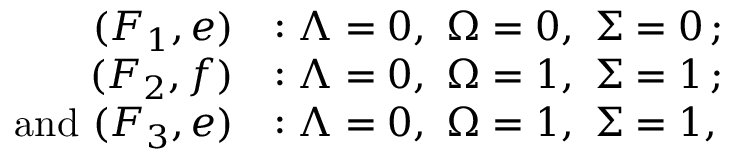
\begin{array} { r l } { ( F _ { 1 } , e ) } & { : \ensuremath { \Lambda } = 0 , \ \ensuremath { \Omega } = 0 , \ \ensuremath { \Sigma } = 0 \, ; } \\ { ( F _ { 2 } , f ) } & { : \ensuremath { \Lambda } = 0 , \ \ensuremath { \Omega } = 1 , \ \ensuremath { \Sigma } = 1 \, ; } \\ { \mathrm { a n d ~ } ( F _ { 3 } , e ) } & { : \ensuremath { \Lambda } = 0 , \ \ensuremath { \Omega } = 1 , \ \ensuremath { \Sigma } = 1 , } \end{array}